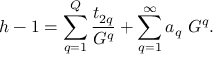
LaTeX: h - 1 = \sum _ { q = 1 } ^ { Q } { \frac { t _ { 2 q } } { G ^ { q } } } + \sum _ { q = 1 } ^ { \infty } a _ { q } ~ G ^ { q } .